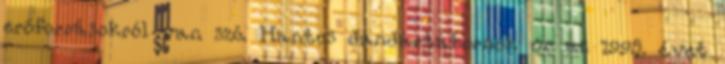
erőforrásokról van szó. Hantos dandártábornok úr az 1998. évet